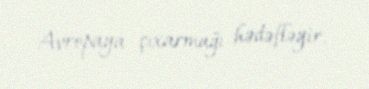
Avropaya çıxarmağı hədəfləyir.